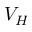
V _ { H }